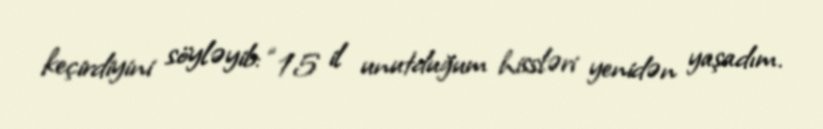
keçirdiyini söyləyib: “15 il unutduğum hissləri yenidən yaşadım.